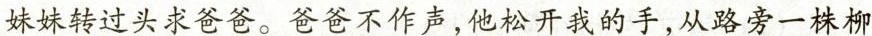
妹妹转过头求爸爸。爸爸不作声，他松开我的手，从路旁一株柳